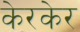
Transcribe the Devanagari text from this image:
केरकेर